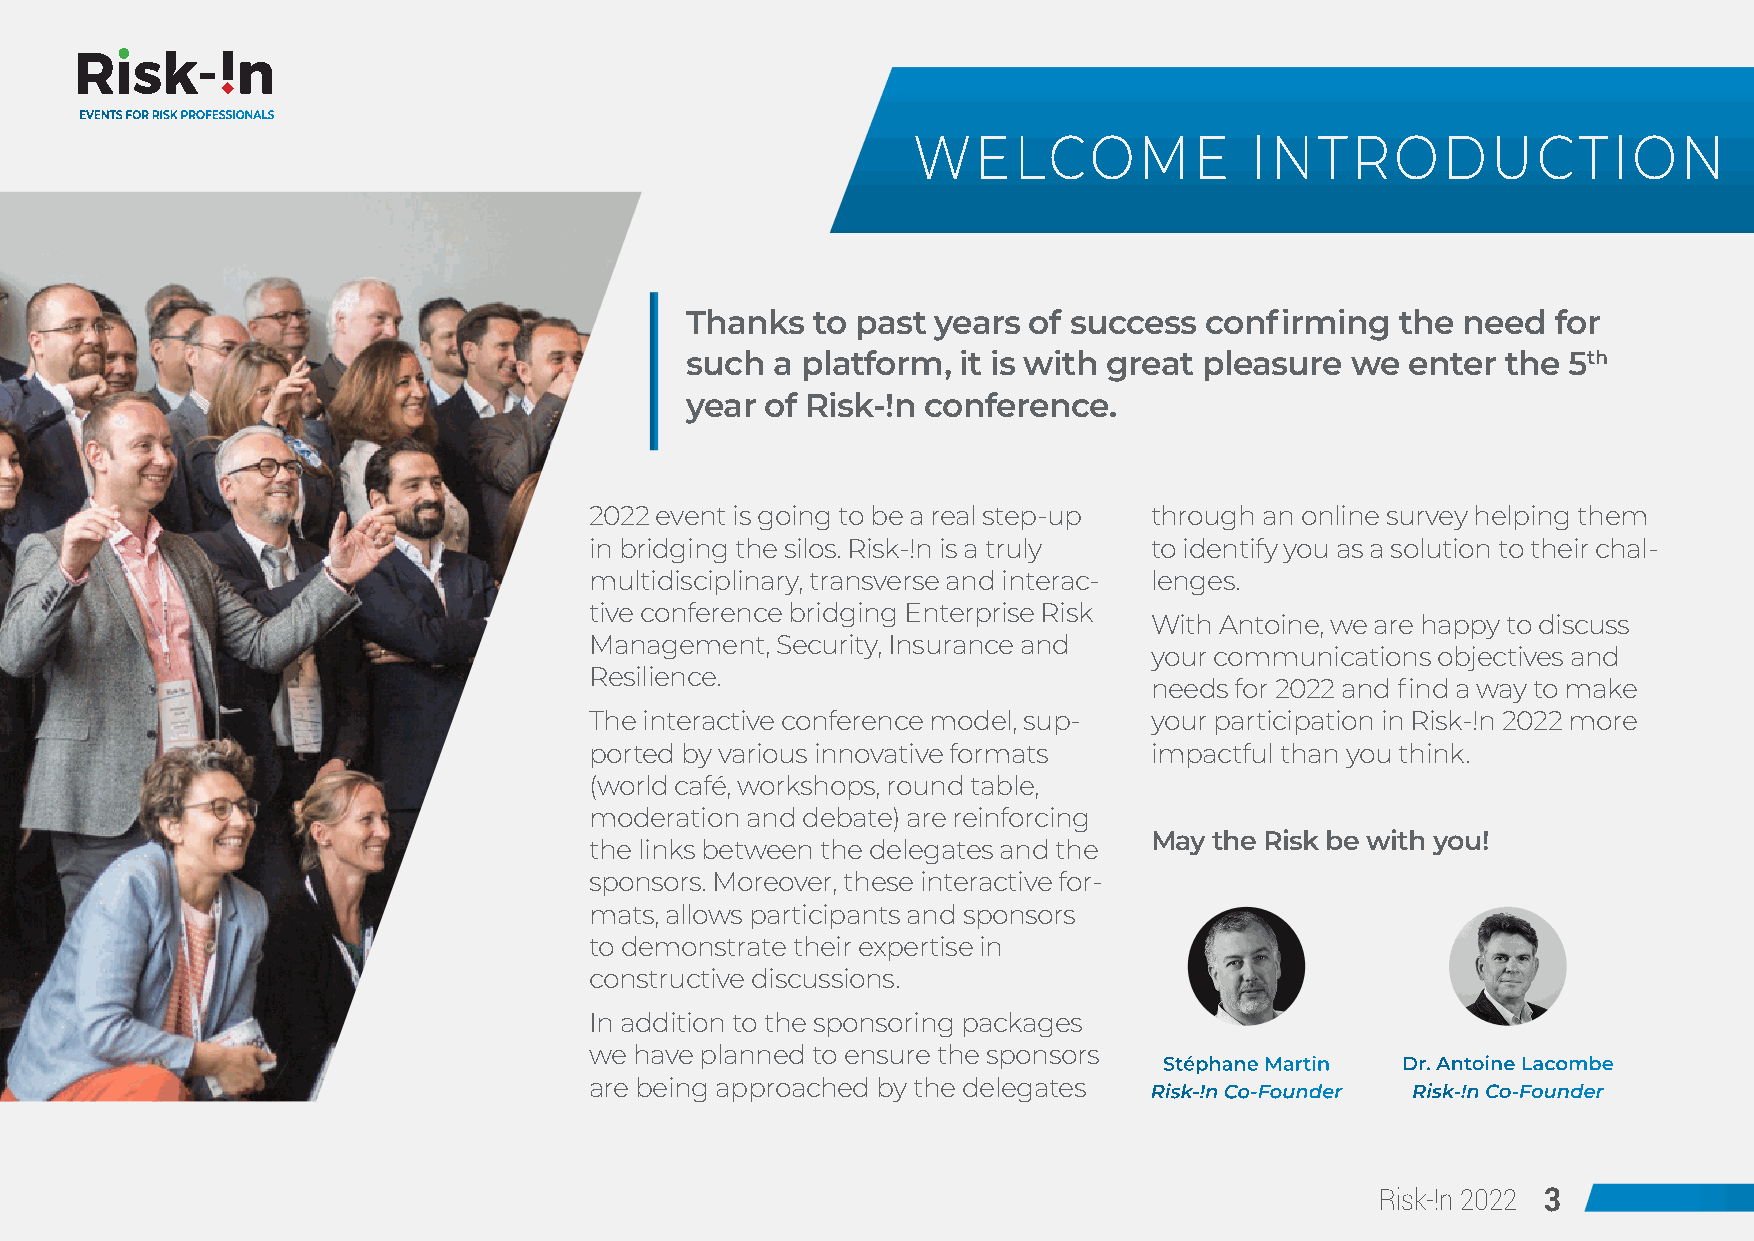
EVENTS FOR RISK PROFESSIONALS
 WELCOME                INTRODUCTION
 Thanks   to past years of success  confirming   the need  for
 such  a platform,  it is with great pleasure we enter  the 5th
 year  of Risk-!n conference.
 2022 event is going to be a real step-up through an online survey helping them
 in bridging the silos. Risk-!n is a truly to identify you as a solution to their chal-
 multidisciplinary, transverse and interac- lenges.
 tive conference bridging Enterprise Risk
 With Antoine, we are happy to discuss
 Management, Security, Insurance and
 your communications objectives and
 Resilience.
 needs for 2022 and find a way to make
 The interactive conference model, sup- your participation in Risk-!n 2022 more
 ported by various innovative formats impactful than you think.
 (world café, workshops, round table,
 moderation and debate) are reinforcing
 May the Risk be with you!
 the links between the delegates and the
 sponsors. Moreover, these interactive for-
 mats, allows participants and sponsors
 to demonstrate their expertise in
 constructive discussions.
 In addition to the sponsoring packages
 we have planned to ensure the sponsors
 Stéphane Martin Dr. Antoine Lacombe
 are being approached by the delegates
 Risk-!n Co-Founder Risk-!n Co-Founder
 Risk-!n 2022 3